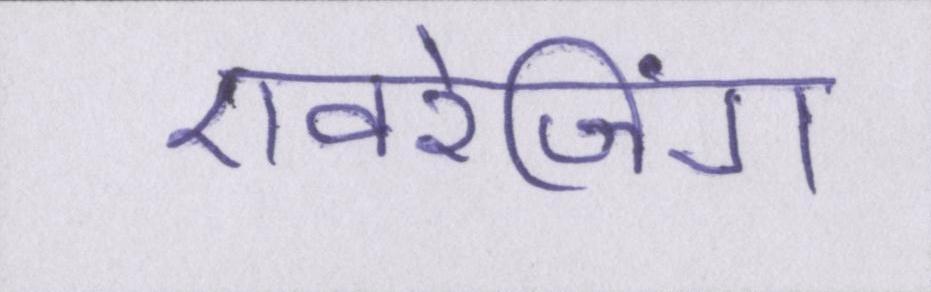
एवरेजिंग